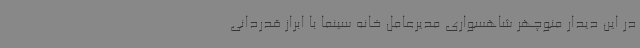
در این دیدار منوچهر شاهسواری مدیرعامل خانه سینما با ابراز قدردانی